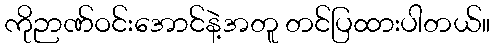
ကိုဉာဏ်ဝင်းအောင်နဲ့အတူ တင်ပြထားပါတယ်။